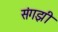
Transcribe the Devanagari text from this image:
संगझी